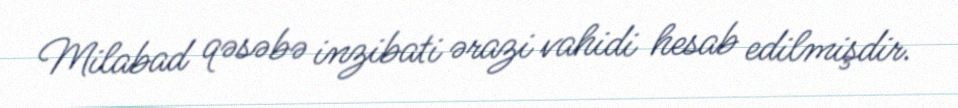
Milabad qəsəbə inzibati ərazi vahidi hesab edilmişdir.